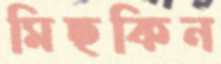
মিছকিন